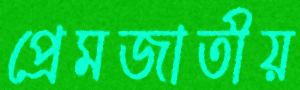
প্রেমজাতীয়